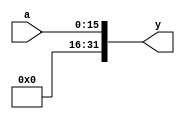
`timescale 1ns / 1ps
module zeroext(
	input wire[15:0] a,
	output wire[31:0] y
    );
    
	assign y = {16'b0, a};
endmodule